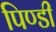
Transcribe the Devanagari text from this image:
पिण्डी